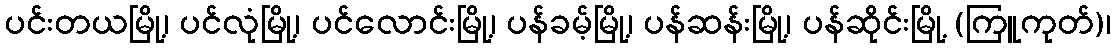
ပင်းတယမြို့၊ ပင်လုံမြို့၊ ပင်လောင်းမြို့၊ ပန်ခမ့်မြို့၊ ပန်ဆန်းမြို့၊ ပန်ဆိုင်းမြို့ (ကြူကုတ်)၊